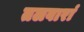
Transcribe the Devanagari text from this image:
तलवारां